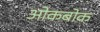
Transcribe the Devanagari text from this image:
ओकबोक